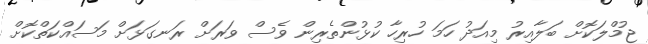
ޖުމްލަކޮށް ބަލާއިރު މިއަދު ހަމަ ހުރިހާ ކުޅުންތެރިން ވެސް ވަރަށް ރަނގަޅަށް މަސައްކަތްކޮށް